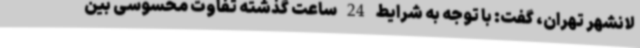
لانشهر تهران، گفت: با توجه به شرایط 24 ساعت گذشته تفاوت محسوسی بین